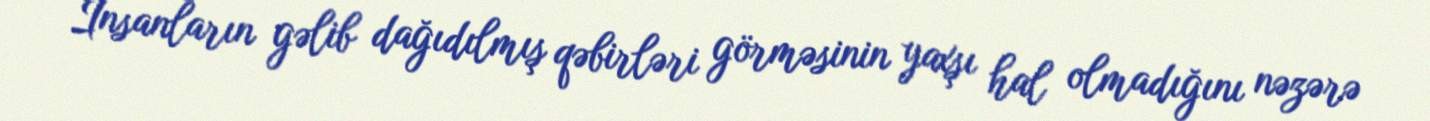
İnsanların gəlib dağıdılmış qəbirləri görməsinin yaxşı hal olmadığını nəzərə